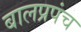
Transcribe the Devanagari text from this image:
बालप्रपंच